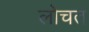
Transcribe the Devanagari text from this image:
लोचत